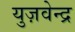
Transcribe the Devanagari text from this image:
युज़वेन्द्र